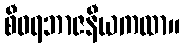
စီဝရဘာဇနီယကထာ။